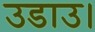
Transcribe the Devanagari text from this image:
उडाउ।